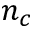
n _ { c }